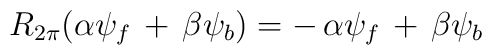
R_{2\pi}({\alpha}{\psi}_{f} \,+\, {\beta}{\psi}_{b}) = -\,{\alpha}{\psi}_{f} \,+\, {\beta}{\psi}_{b}